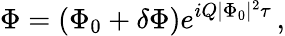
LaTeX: \Phi=\left(\Phi_{0}+\delta\Phi\right)e^{iQ|\Phi_{0}|^{2}\tau}\, ,